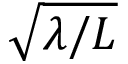
\sqrt { \lambda / L }